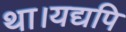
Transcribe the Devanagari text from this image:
था।यद्यपि